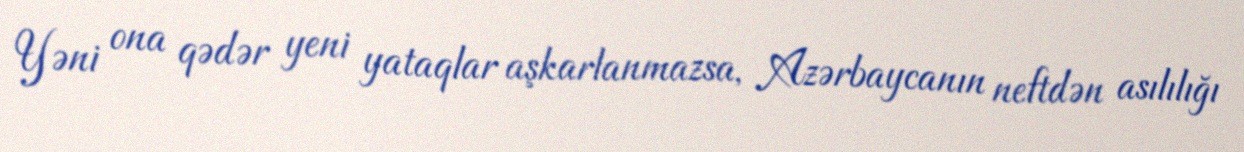
Yəni ona qədər yeni yataqlar aşkarlanmazsa, Azərbaycanın neftdən asılılığı